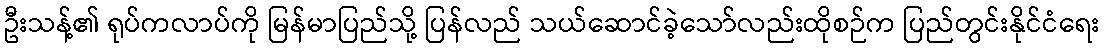
ဦးသန့်၏ ရုပ်ကလာပ်ကို မြန်မာပြည်သို့ ပြန်လည် သယ်ဆောင်ခဲ့သော်လည်းထိုစဉ်က ပြည်တွင်းနိုင်ငံရေး